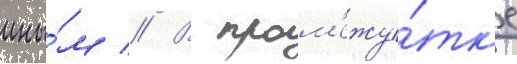
ины́м // В пром'ежу́тк'е